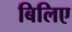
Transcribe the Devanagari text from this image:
बिलिए